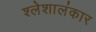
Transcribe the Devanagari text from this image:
श्लेशालंकार